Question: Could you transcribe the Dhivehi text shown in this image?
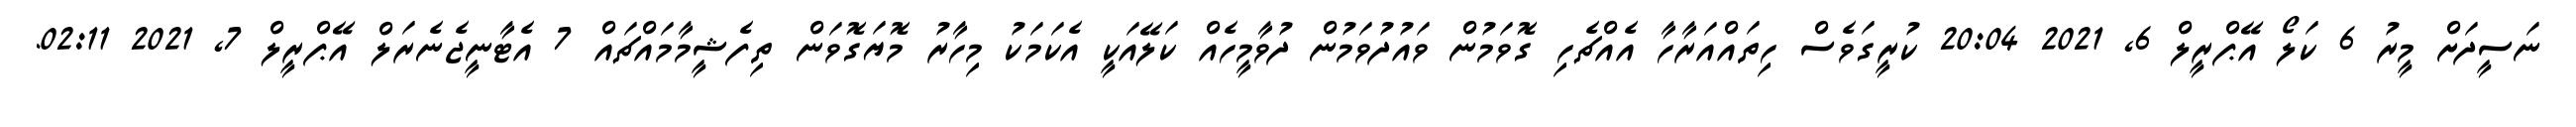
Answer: ނަސީދަށް މީރު 6 ކަލޯ އޭޕްރީލް 6, 2021 20:04 ކުރީގަވެސް ހިތައްއަރާހާ އެއްޗެހި ގޮވަމުން ވައުދުވަމުން ދުވާމީހެއް ކަލޭއަކީ އެކަމަކު މިހާރު މޮޔަގޮވަން ތިފެޝީމާމައްޗައް 7 އެޓާނީޖެނެރަލް އޭޕްރީލް 7, 2021 02:11.